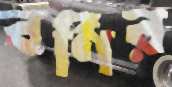
বর্ণির